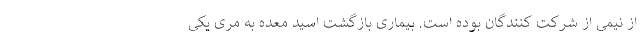
از نیمی از شرکت کنندگان بوده است. بیماری بازگشت اسید معده به مری یکی